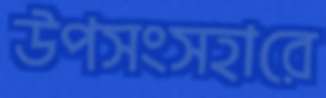
উপসংসহারে